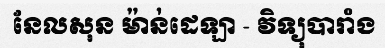
នែលសុន ម៉ាន់ដេឡា - វិទ្យុបារាំង